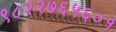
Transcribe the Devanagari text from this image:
९८२२७६५६०१